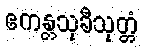
ဧကန္တသုခီသုတ္တံ